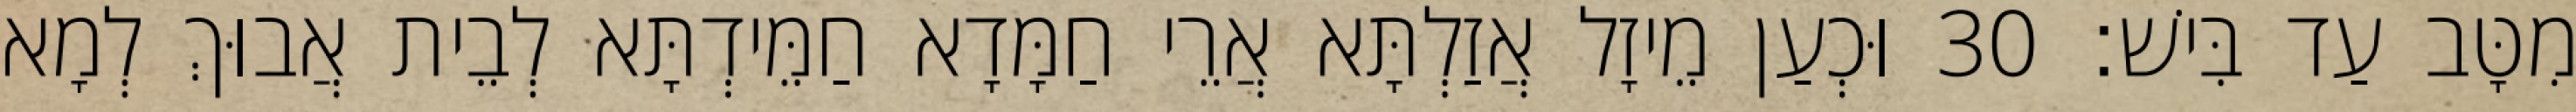
מִטָּב עַד בִּישׁ׃ 30 וּכְעַן מֵיזָל אֲזַלְתָּא אֲרֵי חַמָּדָא חַמֵּידְתָּא לְבֵית אֲבוּךְ לְמָא